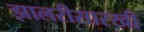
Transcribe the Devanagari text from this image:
झालरीसारखी